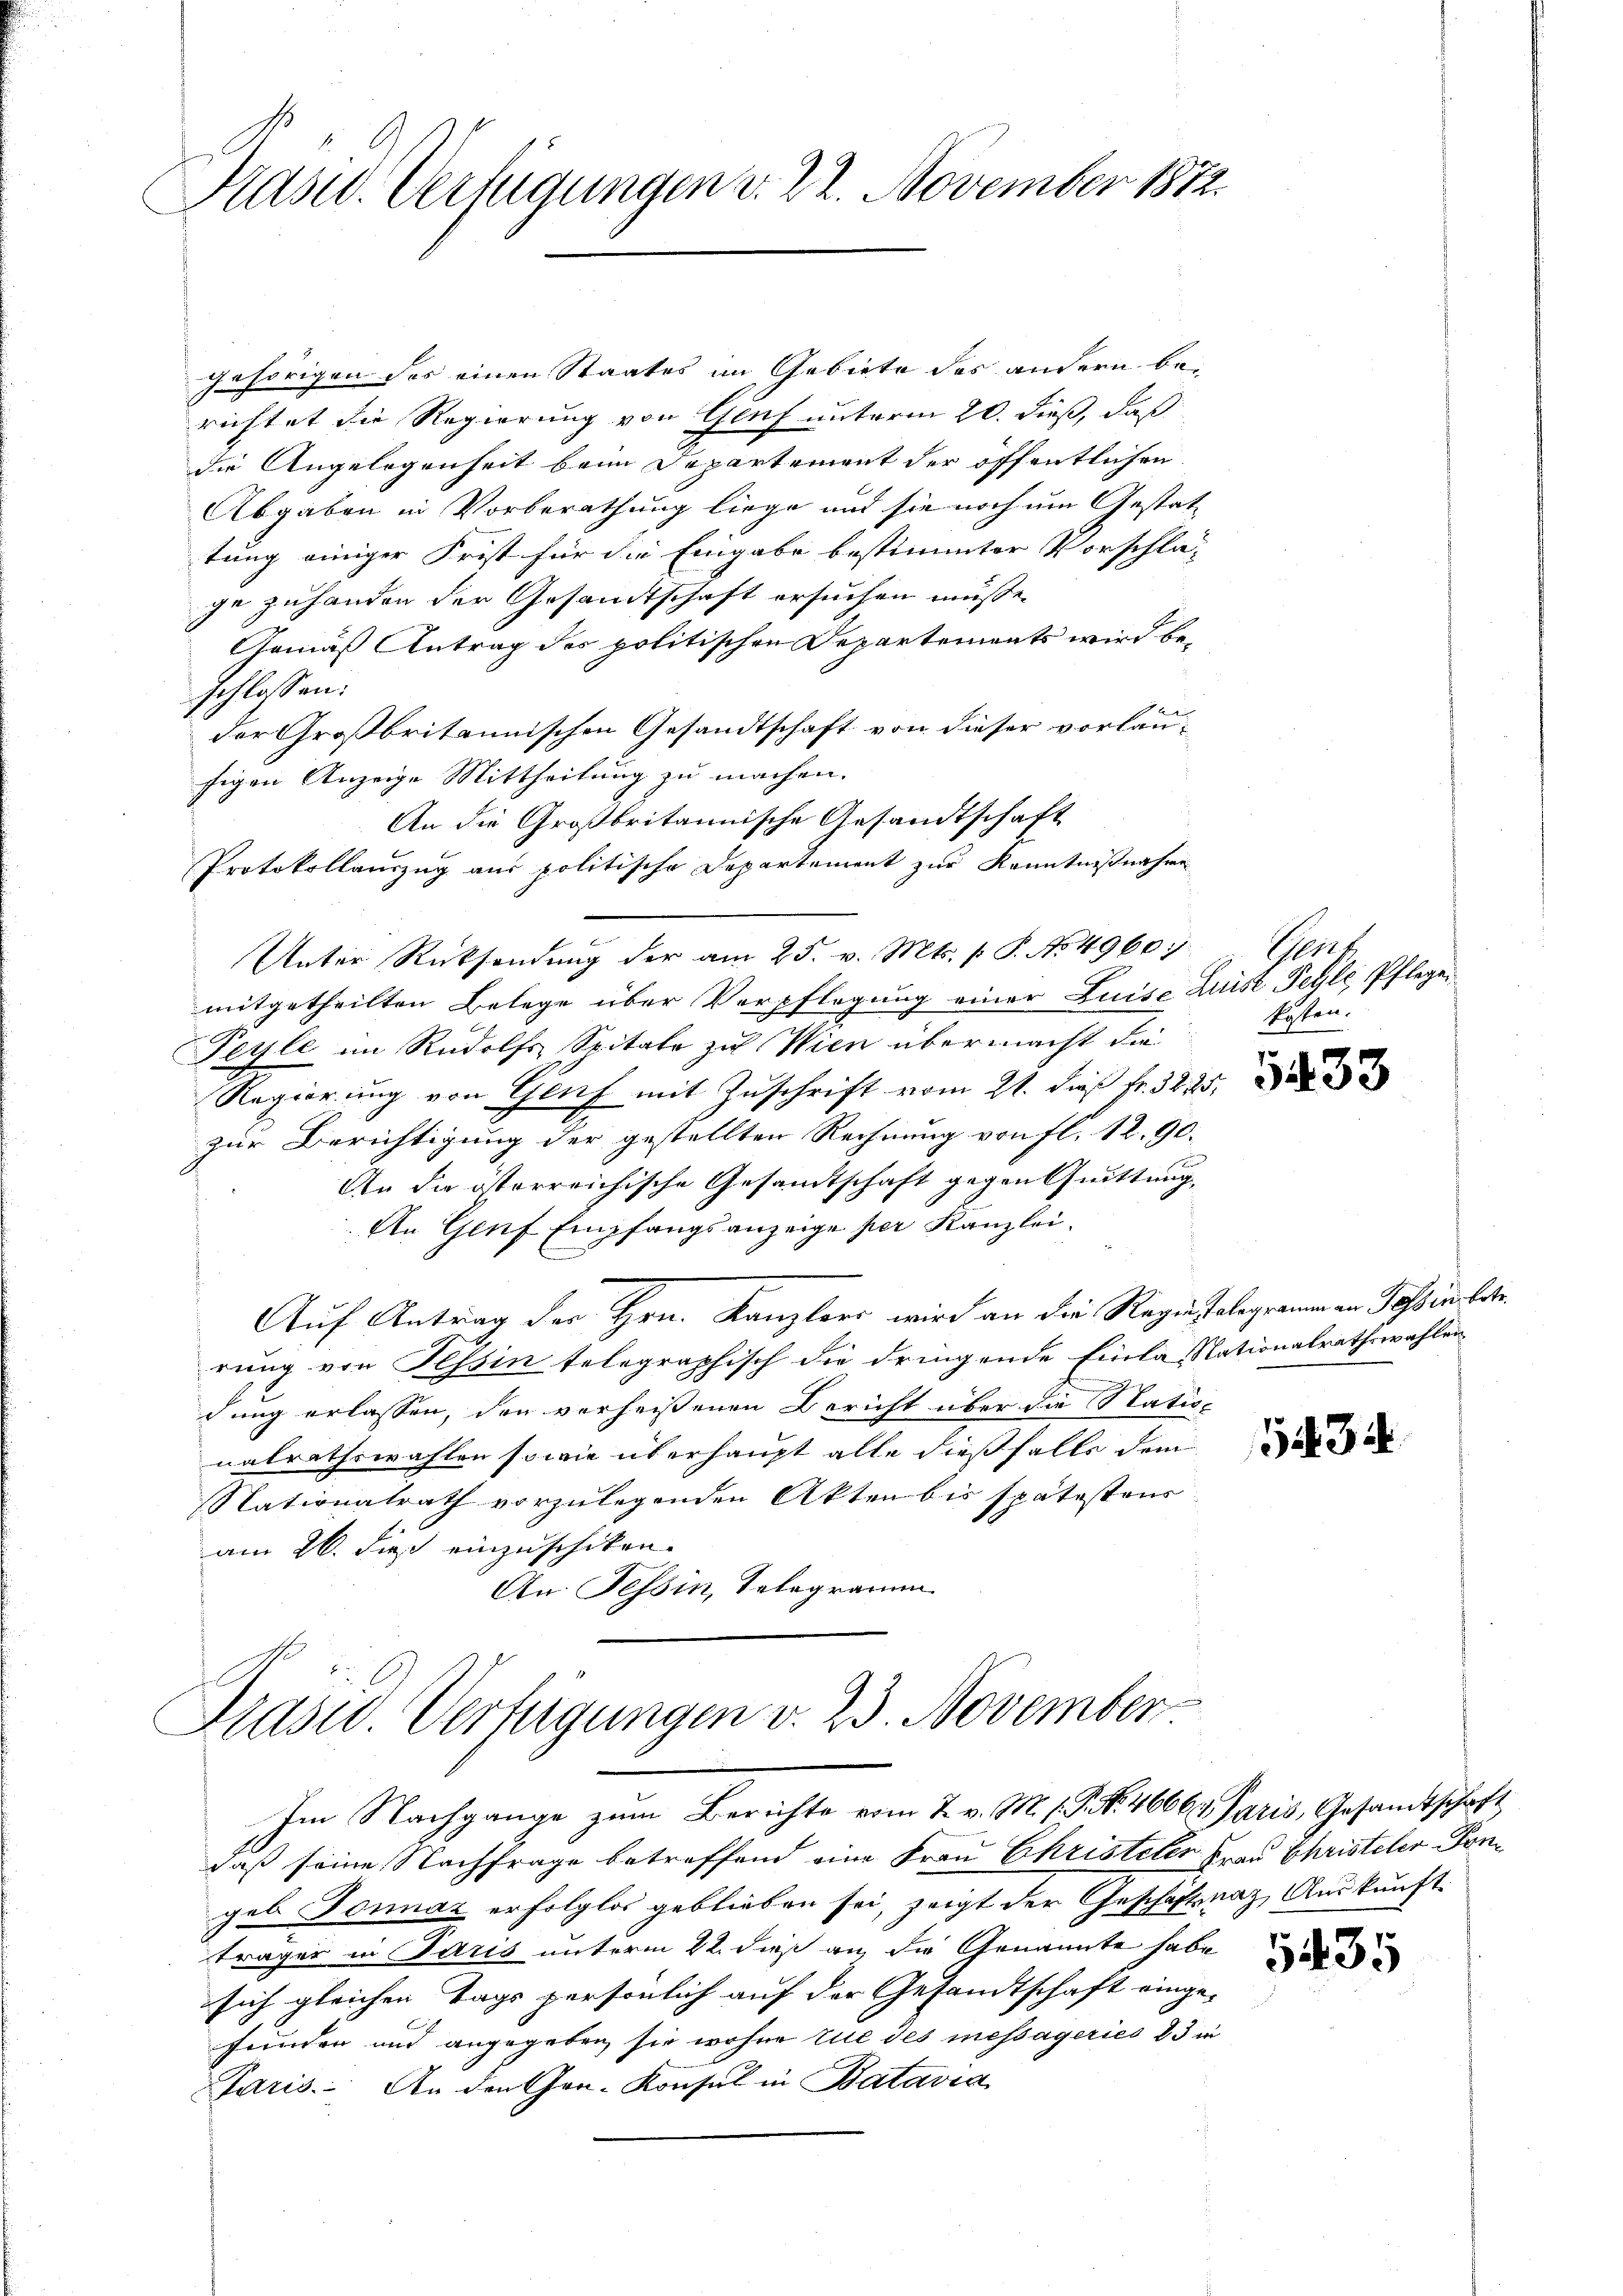
Kasu. Verfügungen d. 22. November 1872.

gehörigen der einen Staates im Gebiete des andern be-
richtet die Regierung von Genf unterm 20. dieß, daß
die Angelegenheit beim Departement der öffentlichen
Abgaben in Vorberathung liege und sie noch um Gestattung einiger Frist für die Eingabe bestimmter Vorschla-
ge zuhanden der Gesandtschaft ersuchen müsse.
Gemäß Antrag des politischen Departements wird beschlossen:
der Großbritannischen Gesandtschaft von dieser vorläufigen Anzeige Mittheilung zu machen.
An die Großbritannische Gesandtschaft
Protokollauszug aus politische Departement zur Kenntnißnahme
Unter Rücksendung der am 25. v. Mts. p. P. No 4960:
mitgetheilten Belege über Verpflegung einer Luise Luise Feyle Pflege¬
Peyle im Rudolfs Spitale zu Wien übermacht die
Regierung von Genf mit Zuschrift vom 21. dieß fr. 3225,
zur Berichtigung der gestellten Rechnung von fl. 12. 90.
An die österreichische Gesamtschaft gegen Quittung,
An Genf Empfangsanzeige per Kanzlei.
Auf Antrag der Hrn. Kanzlers wird an die Regie Telegramm an Passin betr.
rung von Tessin telegraphisch die dringende Einlasstationalrathswahlen
u
dung erlassen, den verheißenen Bericht über die Nation
nalrathswahlen sowie überhaupt alle dießfalls dem
Nationalrath vorzulegenden Akten bis spätestens
am 26. dieß einzuschiken. |
An Tessin, Telegramm

.
Präsid. Verfügungen v. 23. November
Im Nachgange zum Berichte vom 7. v. M. 1. No. 4666. Paris, Gesandtschaft

Pens
kosten.

daß seine Nachfrage betreffend eine Frau Christeter Frau Christeler Pom
geb Tonnaz erfolglos geblieben sei, zeigt der Geschäftsuaz, Auskunft
träger in Paris unterm 22. dieß an die Genannte habe
sich gleichen Tage persönlich auf der Gesandtschaft einge-
funden und angegeben sie wohne tue des messageries 83 in
aris. An den Gen-Konsul in Batavia

5433

434

5435